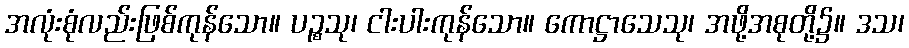
အလုံးစုံလည်းဖြစ်ကုန်သော။ ပဉ္စသု၊ ငါးပါးကုန်သော။ ကောဋ္ဌာသေသု၊ အဖို့အစုတို့၌။ ဒသ၊